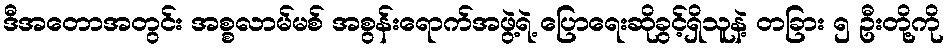
ဒီအတောအတွင်း အစ္စလာမ်မစ် အစွန်းရောက်အဖွဲ့ရဲ့ ပြောရေးဆိုခွင့်ရှိသူနဲ့ တခြား ၅ ဦးတို့ကို